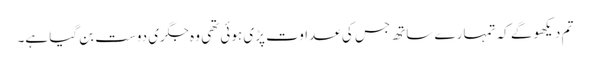
تم دیکھو گے کہ تمہارے ساتھ جس کی عداوت پڑی ہوئی تھی وہ جگری دوست بن گیا ہے۔